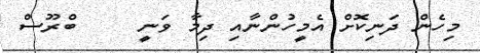
މިހެން ދަނިކޮށް އެމީހުންނާއި ދިމާ ވަނީ     ބްރޫސް